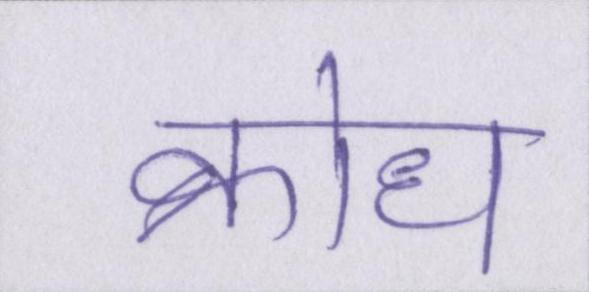
क्रोध